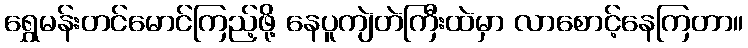
ရွှေမန်းတင်မောင်ကြည့်ဖို့ နေပူကျဲတဲကြီးထဲမှာ လာစောင့်နေကြတာ။